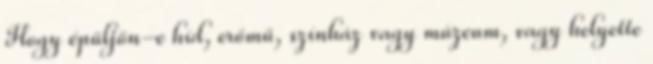
Hogy épüljön-e híd, erőmű, színház vagy múzeum, vagy helyette